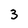
Character: 3